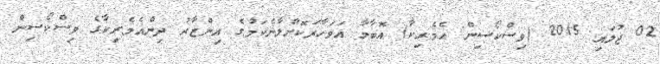
02 ޖުލައި 2015 (ވިސްކޯސިން އެމެރިކާ) އޮބާމާ އަވަހާރަކޮށްލާނެކަމުގެ އިންޒާރު ދިންއެމެރިކާގެ ވިސްކޯސިން